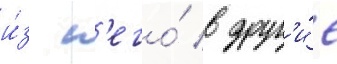
и́з н'его́ в друг'и́е